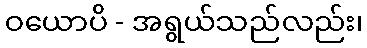
ဝယောပိ - အရွယ်သည်လည်း၊